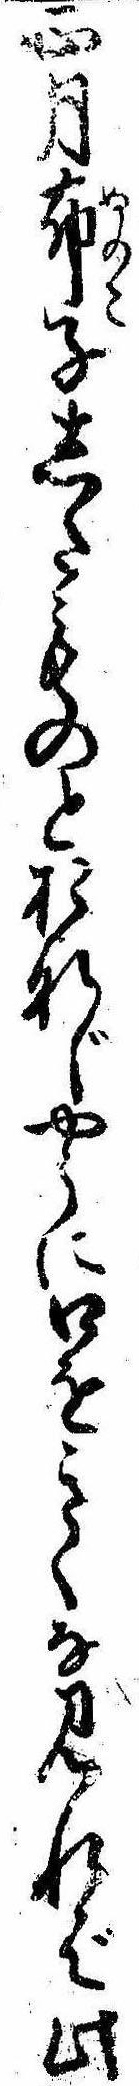
正月布子したものとおなじやうに口をきくな見れば此